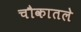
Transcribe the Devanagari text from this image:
चौकातले